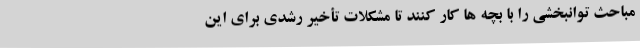
مباحث توانبخشی را با بچه ها کار کنند تا مشکلات تأخیر رشدی برای این